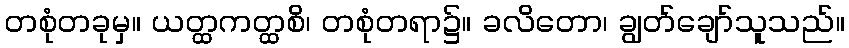
တစုံတခုမှ။ ယတ္ထကတ္ထစိ၊ တစုံတရာ၌။ ခလိတော၊ ချွတ်ချော်သူသည်။